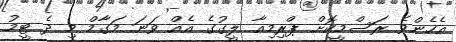
އެހެންވެ ރަސްމީކޮށް ޕްރިމިއާ ލީގުގެ އެއް ވަނަ މަގާމް މި ދެ ޓީމު